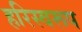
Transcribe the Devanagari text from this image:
हरिस्वरूप